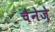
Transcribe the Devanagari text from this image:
चैनेज़े